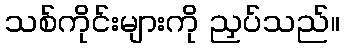
သစ်ကိုင်းများကို ညှပ်သည်။